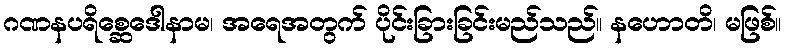
ဂဏနပရိစ္ဆေဒေါနာမ၊ အရေအတွက် ပိုင်းခြားခြင်းမည်သည်။ နဟောတိ၊ မဖြစ်။